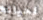
لحياته